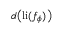
d \big ( \mathrm { l i } ( f _ { \phi } ) \big )